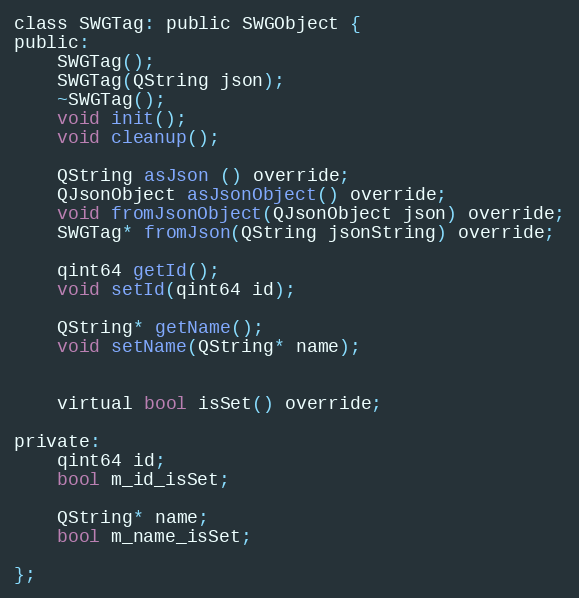
Language: C
class SWGTag: public SWGObject {
public:
    SWGTag();
    SWGTag(QString json);
    ~SWGTag();
    void init();
    void cleanup();

    QString asJson () override;
    QJsonObject asJsonObject() override;
    void fromJsonObject(QJsonObject json) override;
    SWGTag* fromJson(QString jsonString) override;

    qint64 getId();
    void setId(qint64 id);

    QString* getName();
    void setName(QString* name);

    virtual bool isSet() override;

private:
    qint64 id;
    bool m_id_isSet;

    QString* name;
    bool m_name_isSet;

};